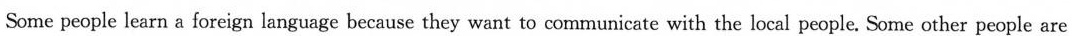
Some people learn a foreign language because they want to communicate with the local people. Some other people are